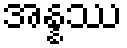
အန္နဿ